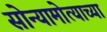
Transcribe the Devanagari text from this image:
सोन्यामोत्याच्या